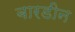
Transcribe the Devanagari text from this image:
बारडीन